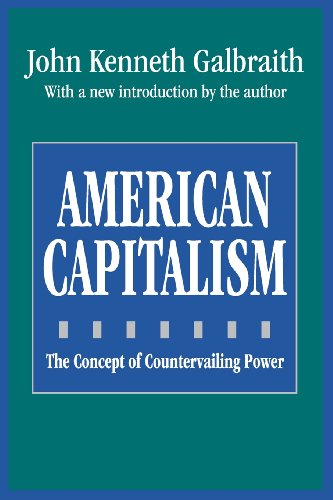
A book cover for American Capitalism: The Concept of Countervailing Power (Classics in Economics); John Kenneth Galbraith; Business & Money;